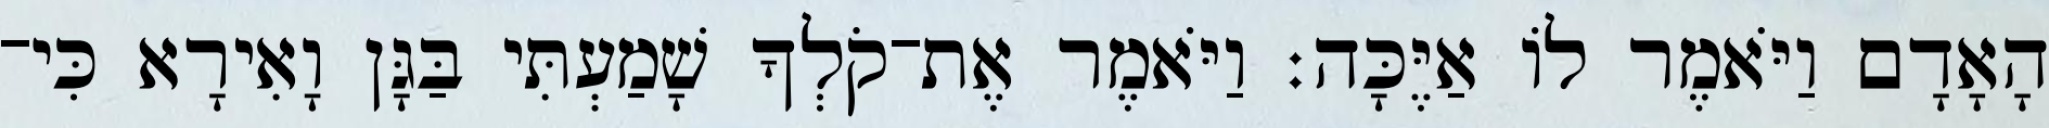
הָאָדָם וַיֹּאמֶר לֹו אַיֶּכָּה׃ וַיֹּאמֶר אֶת־קֹלְךָ שָׁמַעְתִּי בַּגָּן וָאִירָא כִּי־